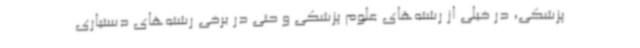
پزشکی، در خیلی از رشته‌های علوم پزشکی و حتی در برخی رشته‌های دستیاری